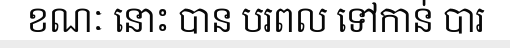
ខណៈ នោះ បាន បរពល ទៅកាន់ បារ